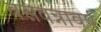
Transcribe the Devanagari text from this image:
बसवन्नावर्ष